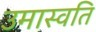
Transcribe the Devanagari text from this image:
उमास्वति